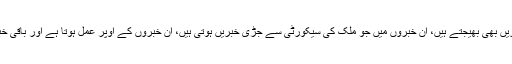
جاسوس پکڑے بھی جاتے ہیں، جاسوس خبریں بھی بھیجتے ہیں، اُن خبروں میں جو ملک کی سیکورٹی سے جڑی خبریں ہوتی ہیں، ان خبروں کے اوپر عمل ہوتا ہے اور باقی خبریں ردّی کی ٹوکری میں ڈال دی جاتی ہیں۔